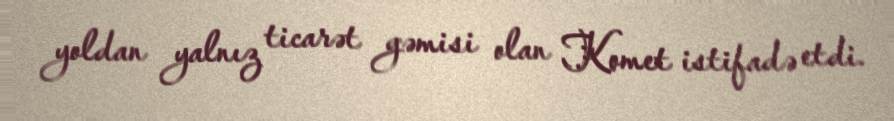
yoldan yalnız ticarət gəmisi olan Komet istifadə etdi.